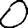
Digit: 0